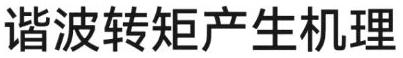
谐波转矩产生机理